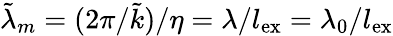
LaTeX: \tilde{\lambda}_{m}=(2\pi/\tilde{k})/\eta=\lambda/l_{\mathrm{ex}}=\lambda_{0}/l_{\mathrm{ex}}